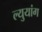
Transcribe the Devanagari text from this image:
ल्युयांग